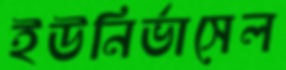
ইউনির্ভাসেল